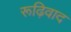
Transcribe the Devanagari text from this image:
रूढ़िवाद